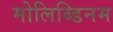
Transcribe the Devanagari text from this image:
मोलिब्डिनम